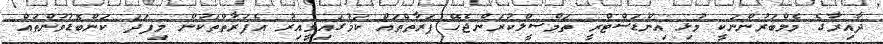
ދާއިރާގެ މެމްބަރުންނަކީ މުޅި އިންޑަސްޓްރީ ތަމްސީލްކުރަންޖެހޭ ފަރާތްތައް ކަމުގައިވީއިރު އެފަރާތްތަކުން މިފަދަ ކަންބޮޑުވުންތައް